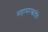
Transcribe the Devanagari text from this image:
महासरस्वतीचे